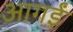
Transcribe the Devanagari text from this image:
आगईं